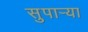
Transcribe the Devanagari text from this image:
सुपार्‍या